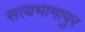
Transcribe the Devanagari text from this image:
सत्यभामापुर